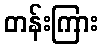
တန်းကြား